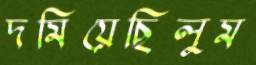
দমিয়েছিলুম